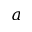
a